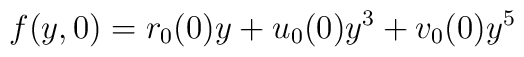
f(y,0)=r_{0}(0)y+u_{0}(0)y^{3}+v_{0}(0)y^{5}